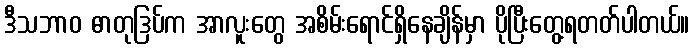
ဒီသဘာဝ ဓာတုဒြပ်က အာလူးတွေ အစိမ်းရောင်ရှိနေချိန်မှာ ပိုပြီးတွေ့ရတတ်ပါတယ်။